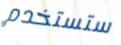
ستستخدم